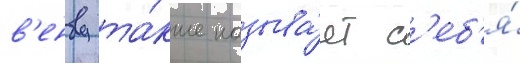
в'енву та́кже называ́ет с'еб'я́